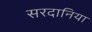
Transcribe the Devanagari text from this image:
सरदानिया